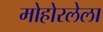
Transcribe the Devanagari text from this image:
मोहोरलेला